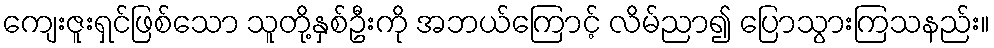
ကျေးဇူးရှင်ဖြစ်သော သူတို့နှစ်ဦးကို အဘယ်ကြောင့် လိမ်ညာ၍ ပြောသွားကြသနည်း။